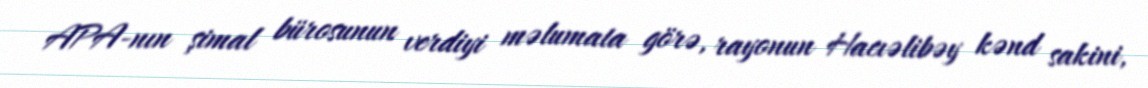
APA-nın şimal bürosunun verdiyi məlumata görə, rayonun Hacıəlibəy kənd sakini,